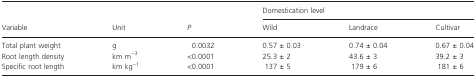
<table><thead><tr><td></td><td></td><td></td><td colspan="3"><b>Domestication level</b></td></tr><tr><td><b>Variable</b></td><td><b>Unit</b></td><td><b><i>P</i></b></td><td><b>Wild</b></td><td><b>Landrace</b></td><td><b>Cultivar</b></td></tr></thead><tbody><tr><td>Total plant weight</td><td>g</td><td>0.0032</td><td>0.57 ± 0.03</td><td>0.74 ± 0.04</td><td>0.67 ± 0.04</td></tr><tr><td>Root length density</td><td>km m<sup>−3</sup></td><td>&lt;0.0001</td><td>25.3 ± 2</td><td>43.6 ± 3</td><td>39.2 ± 3</td></tr><tr><td>Specific root length</td><td>km kg<sup>−1</sup></td><td>&lt;0.0001</td><td>137 ± 5</td><td>179 ± 6</td><td>181 ± 6</td></tr></tbody></table>